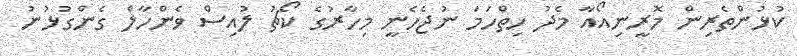
ކުޅުންތެރިން މޮރީނިއޯއާ މެދު ހިތްހަމަ ނުޖެހެނީ މިހާރުގެ ކޯޗު ލުއިސް ވެންހާލް ގެންގުޅުނު